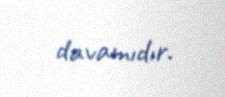
davamıdır.